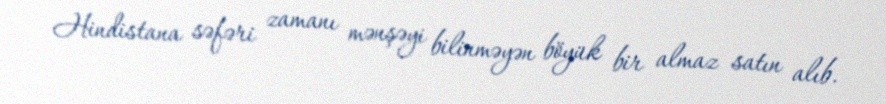
Hindistana səfəri zamanı mənşəyi bilinməyən böyük bir almaz satın alıb.